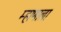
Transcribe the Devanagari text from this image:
म्हाणाला